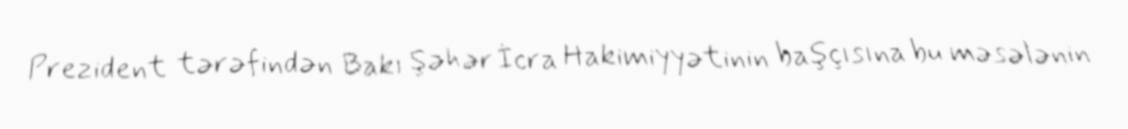
Prezident tərəfindən Bakı Şəhər İcra Hakimiyyətinin başçısına bu məsələnin